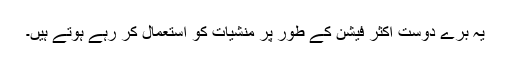
یہ برے دوست اکثر فیشن کے طور پر منشیات کو استعمال کر رہے ہوتے ہیں۔